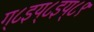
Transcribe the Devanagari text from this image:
ग्८इय्८इय्८९